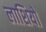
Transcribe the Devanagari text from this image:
लाशियो